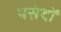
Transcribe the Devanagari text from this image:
पसंदों